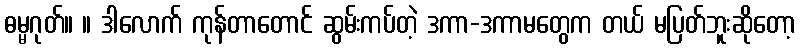
ဓမ္မဂုတ်။ ။ ဒါလောက် ကုန်တာတောင် ဆွမ်းကပ်တဲ့ ဒကာ-ဒကာမတွေက တယ် မပြတ်ဘူးဆိုတော့